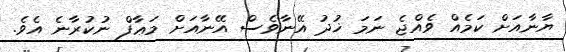
ޔާނާއަށް ކަމެއް ވެއްޖެ ނަމަ ޚުދު އޭނާވެސް އޭނާއަށް މަޢާފް ނުކުރާނެ އެވެ.